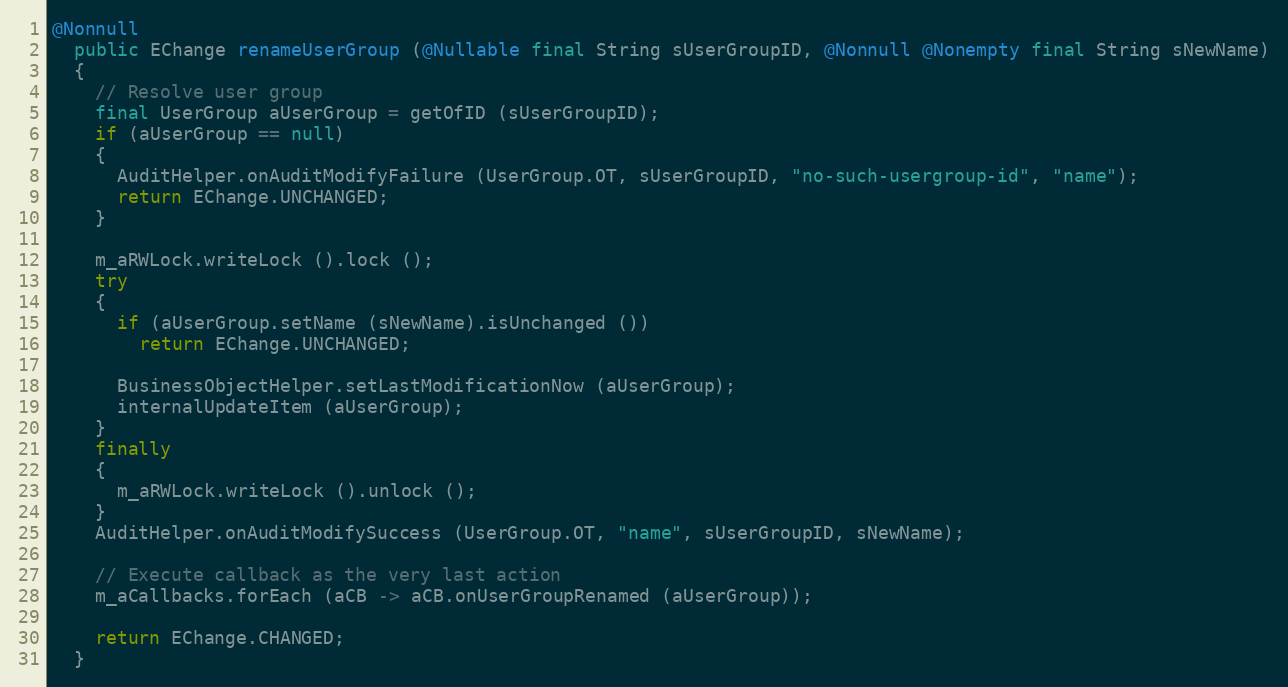
Language: Java
@Nonnull
  public EChange renameUserGroup (@Nullable final String sUserGroupID, @Nonnull @Nonempty final String sNewName)
  {
    // Resolve user group
    final UserGroup aUserGroup = getOfID (sUserGroupID);
    if (aUserGroup == null)
    {
      AuditHelper.onAuditModifyFailure (UserGroup.OT, sUserGroupID, "no-such-usergroup-id", "name");
      return EChange.UNCHANGED;
    }

    m_aRWLock.writeLock ().lock ();
    try
    {
      if (aUserGroup.setName (sNewName).isUnchanged ())
        return EChange.UNCHANGED;

      BusinessObjectHelper.setLastModificationNow (aUserGroup);
      internalUpdateItem (aUserGroup);
    }
    finally
    {
      m_aRWLock.writeLock ().unlock ();
    }
    AuditHelper.onAuditModifySuccess (UserGroup.OT, "name", sUserGroupID, sNewName);

    // Execute callback as the very last action
    m_aCallbacks.forEach (aCB -> aCB.onUserGroupRenamed (aUserGroup));

    return EChange.CHANGED;
  }